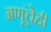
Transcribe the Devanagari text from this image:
अणूंचेही